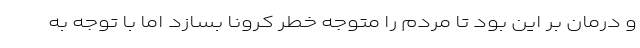
و درمان بر این بود تا مردم را متوجه خطر کرونا بسازد اما با توجه به